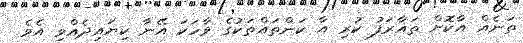
ތަނެއް އާކޮށް ތައާރަފު ކުރި އާ ކަންތައްތަކުގެ ވާހަކަ އޭނާ ކިޔައިދެއްވި އެވެ.